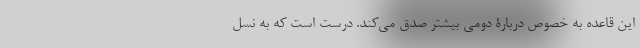
این قاعده به خصوص دربارۀ دومی بیشتر صدق می‌کند. درست است که به نسل